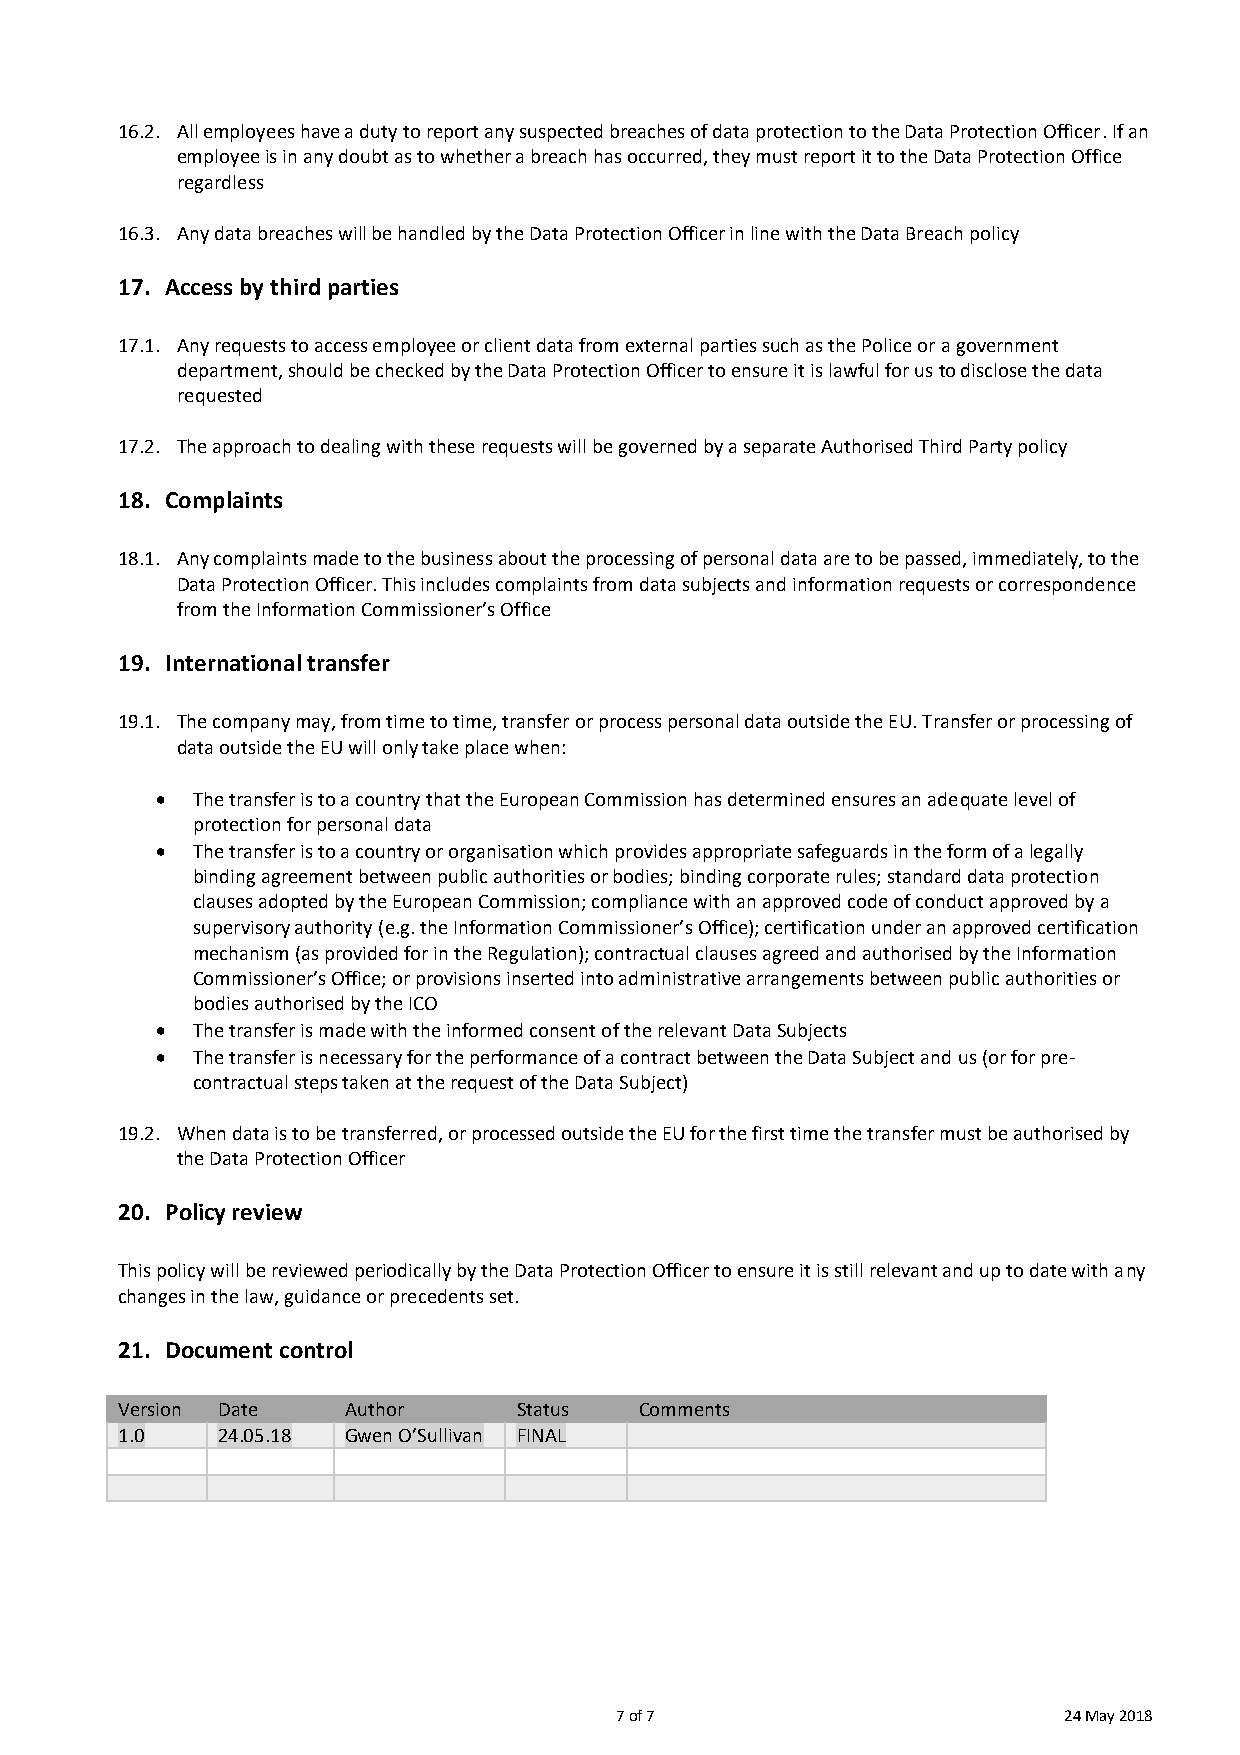
16.2. All employees have a duty to report any suspected breaches of data protection to the Data Protection Officer. If an
 employee is in any doubt as to whether a breach has occurred, they must report it to the Data Protection Office
 regardless
 16.3. Any data breaches will be handled by the Data Protection Officer in line with the Data Breach policy
 17. Access by third parties
 17.1. Any requests to access employee or client data from external parties such as the Police or a government
 department, should be checked by the Data Protection Officer to ensure it is lawful for us to disclose the data
 requested
 17.2. The approach to dealing with these requests will be governed by a separate Authorised Third Party policy
 18. Complaints
 18.1. Any complaints made to the business about the processing of personal data are to be passed, immediately, to the
 Data Protection Officer. This includes complaints from data subjects and information requests or correspondence
 from the Information Commissioner’s Office
 19. International transfer
 19.1. The company may, from time to time, transfer or process personal data outside the EU. Transfer or processing of
 data outside the EU will only take place when:
   The transfer is to a country that the European Commission has determined ensures an adequate level of
 protection for personal data
   The transfer is to a country or organisation which provides appropriate safeguards in the form of a legally
 binding agreement between public authorities or bodies; binding corporate rules; standard data protection
 clauses adopted by the European Commission; compliance with an approved code of conduct approved by a
 supervisory authority (e.g. the Information Commissioner’s Office); certification under an approved certification
 mechanism (as provided for in the Regulation); contractual clauses agreed and authorised by the Information
 Commissioner’s Office; or provisions inserted into administrative arrangements between public authorities or
 bodies authorised by the ICO
   The transfer is made with the informed consent of the relevant Data Subjects
   The transfer is necessary for the performance of a contract between the Data Subject and us (or for pre-
 contractual steps taken at the request of the Data Subject)
 19.2. When data is to be transferred, or processed outside the EU for the first time the transfer must be authorised by
 the Data Protection Officer
 20. Policy review
 This policy will be reviewed periodically by the Data Protection Officer to ensure it is still relevant and up to date with any
 changes in the law, guidance or precedents set.
 21. Document control
 Version Date   Author     Status  Comments
 1.0   24.05.18 Gwen O’Sullivan FINAL
 7 of 7                       24 May 2018